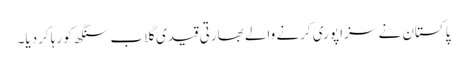
پاکستان نے سزا پوری کرنے والے بھارتی قیدی گلاب سنگھ کو رہا کردیا۔